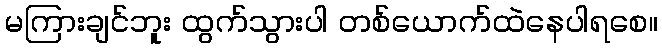
မကြားချင်ဘူး ထွက်သွားပါ တစ်ယောက်ထဲနေပါရစေ။